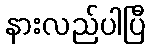
နားလည်ပါပြီ